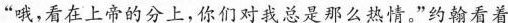
“哦，看在上帝的分上，你们对我总是那么热情。”约翰看着